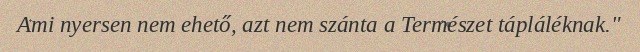
Ami nyersen nem ehető, azt nem szánta a Természet tápláléknak."